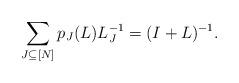
LaTeX: \begin{align*} \sum_{J\subseteq [N]}p_J(L)L_J^{-1}=(I+L)^{-1}.\end{align*}